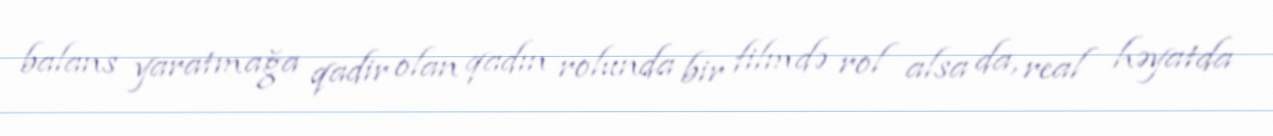
balans yaratmağa qadir olan qadın rolunda bir filmdə rol alsa da, real həyatda